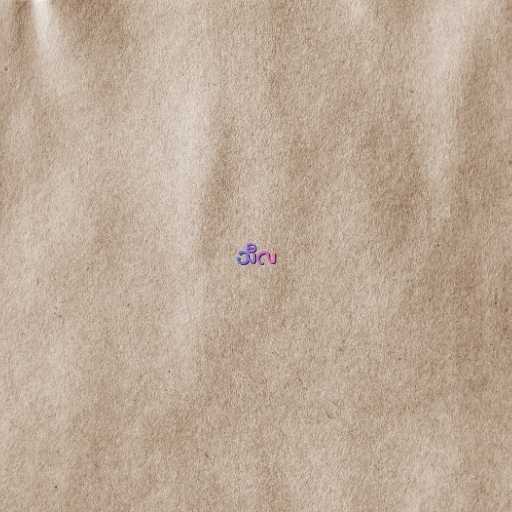
သီလ